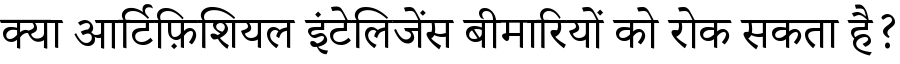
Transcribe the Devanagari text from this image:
क्या आर्टिफ़िशियल इंटेलिजेंस बीमारियों को रोक सकता है?